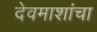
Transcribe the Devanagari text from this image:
देवमाशांचा